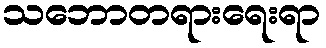
သဘောတရားရေးရာ